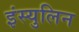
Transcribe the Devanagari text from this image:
इंस्युलिन